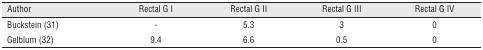
| Author | Rectal G I | Rectal G II | Rectal G III | Rectal G IV |
 | --- | --- | --- | --- | --- |
 | Buckstein (31) | - | 5.3 | 3 | 0 |
 | Gelblum (32) | 9.4 | 6.6 | 0.5 | 0 |